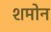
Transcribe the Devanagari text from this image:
शमोन